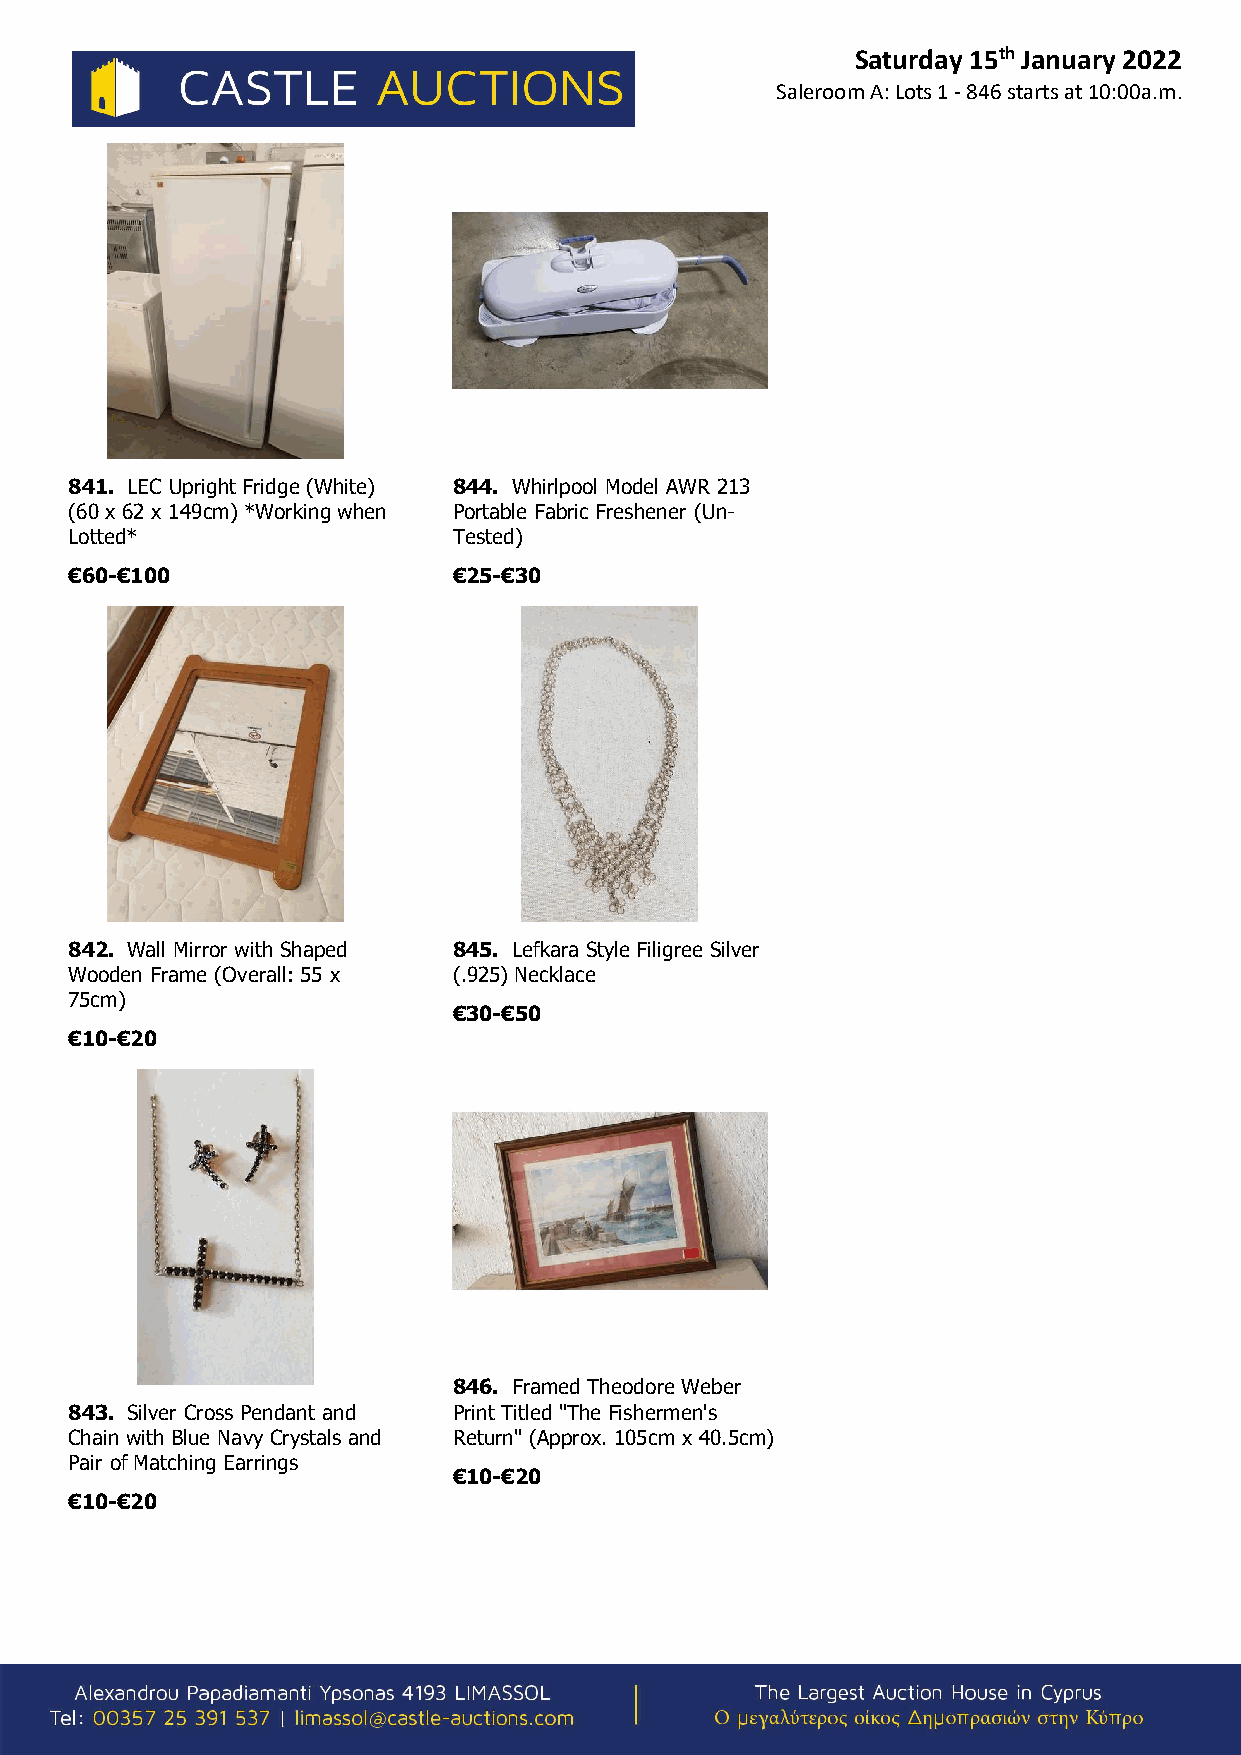
Saturday 15th January 2022
 Saleroom A: Lots 1 - 846 starts at 10:00a.m.
 841. LEC Upright Fridge (White) 844. Whirlpool Model AWR 213
 (60 x 62 x 149cm) *Working when Portable Fabric Freshener (Un-
 Lotted*                  Tested)
 €60-€100                 €25-€30
 842. Wall Mirror with Shaped 845. Lefkara Style Filigree Silver
 Wooden Frame (Overall: 55 x (.925) Necklace
 75cm)
 €30-€50
 €10-€20
 846. Framed Theodore Weber
 843. Silver Cross Pendant and Print Titled "The Fishermen's
 Chain with Blue Navy Crystals and Return" (Approx. 105cm x 40.5cm)
 Pair of Matching Earrings
 €10-€20
 €10-€20